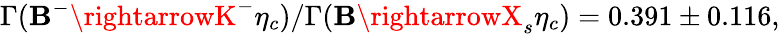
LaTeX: \Gamma(\mathbf{B}^{-}\rightarrowK^{-}\eta_{c})/\Gamma(\mathbf{B}\rightarrowX_{s}\eta_{c})=0.391\pm0.116,